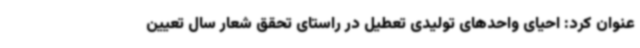
عنوان کرد: احیای واحدهای تولیدی تعطیل در راستای تحقق شعار سال تعیین